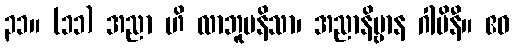
၃၁။ (၁၁) အညာ ဟိ လာဘူပနိသာ၊ အညာနိဗ္ဗာန ဂါမိနီ။ ဧဝ